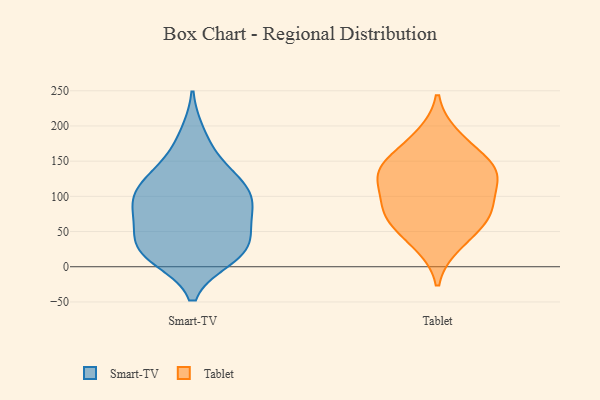
{"axis": {"x": "Demand Index", "y": "Value"}, "legend": ["Smart-TV", "Tablet"], "data": [{"x": "", "y": 154, "type": "Smart-TV"}, {"x": "", "y": 14, "type": "Smart-TV"}, {"x": "", "y": 113, "type": "Smart-TV"}, {"x": "", "y": 33, "type": "Smart-TV"}, {"x": "", "y": 187, "type": "Smart-TV"}, {"x": "", "y": 75, "type": "Smart-TV"}, {"x": "", "y": 61, "type": "Smart-TV"}, {"x": "", "y": 122, "type": "Smart-TV"}, {"x": "", "y": 87, "type": "Smart-TV"}, {"x": "", "y": 92, "type": "Smart-TV"}, {"x": "", "y": 17, "type": "Smart-TV"}, {"x": "", "y": 25, "type": "Smart-TV"}, {"x": "", "y": 30, "type": "Smart-TV"}, {"x": "", "y": 109, "type": "Smart-TV"}, {"x": "", "y": 23, "type": "Smart-TV"}, {"x": "", "y": 123, "type": "Smart-TV"}, {"x": "", "y": 78, "type": "Smart-TV"}, {"x": "", "y": 124, "type": "Tablet"}, {"x": "", "y": 31, "type": "Tablet"}, {"x": "", "y": 80, "type": "Tablet"}, {"x": "", "y": 78, "type": "Tablet"}, {"x": "", "y": 82, "type": "Tablet"}, {"x": "", "y": 123, "type": "Tablet"}, {"x": "", "y": 159, "type": "Tablet"}, {"x": "", "y": 137, "type": "Tablet"}, {"x": "", "y": 55, "type": "Tablet"}, {"x": "", "y": 138, "type": "Tablet"}, {"x": "", "y": 186, "type": "Tablet"}]}